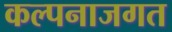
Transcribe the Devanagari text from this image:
कल्पनाजगत